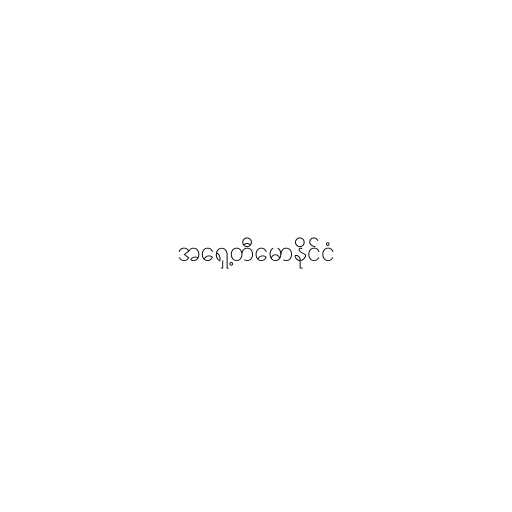
အရှေ့တီမောနိုင်ငံ